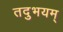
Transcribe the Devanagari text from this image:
तदुभयम्